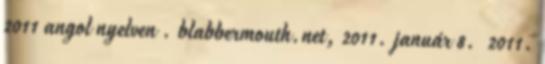
2011 angol nyelven . blabbermouth.net, 2011. január 8. 2011.